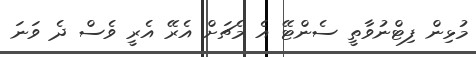
މުޅިން ފިޓްނުވާތީ ސެންޓޭ އެ މެޗަށް އެރޭ އެރީ ވެސް ދެ ވަނަ